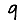
Digit: 9